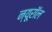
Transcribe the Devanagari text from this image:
न्यूरॉल